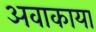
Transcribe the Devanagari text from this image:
अवाकाया